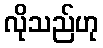
လိုသည်ဟု